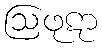
ဩဖုဋာ